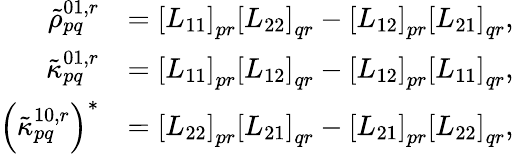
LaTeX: \begin{array}{rl}{\tilde{\rho}_{pq}^{01,r}}&{=\left[L_{11}\right]_{pr}\left[L_{22}\right]_{qr}-\left[L_{12}\right]_{pr}\left[L_{21}\right]_{qr},}\\ {\tilde{\kappa}_{pq}^{01,r}}&{=\left[L_{11}\right]_{pr}\left[L_{12}\right]_{qr}-\left[L_{12}\right]_{pr}\left[L_{11}\right]_{qr},}\\ {\left(\tilde{\kappa}_{pq}^{10,r}\right)^{*}}&{=\left[L_{22}\right]_{pr}\left[L_{21}\right]_{qr}-\left[L_{21}\right]_{pr}\left[L_{22}\right]_{qr},}\end{array}